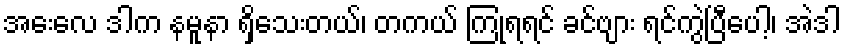
အေးလေ ဒါက နမူနာ ရှိသေးတယ်၊ တကယ် ကြုံရရင် ခင်ဗျား ရင်ကွဲပြီပေါ့၊ အဲဒါ